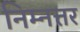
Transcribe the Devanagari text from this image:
निम्नत्तर